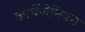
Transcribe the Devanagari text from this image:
कार्थेजेनियन